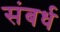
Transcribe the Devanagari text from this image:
संबर्ध